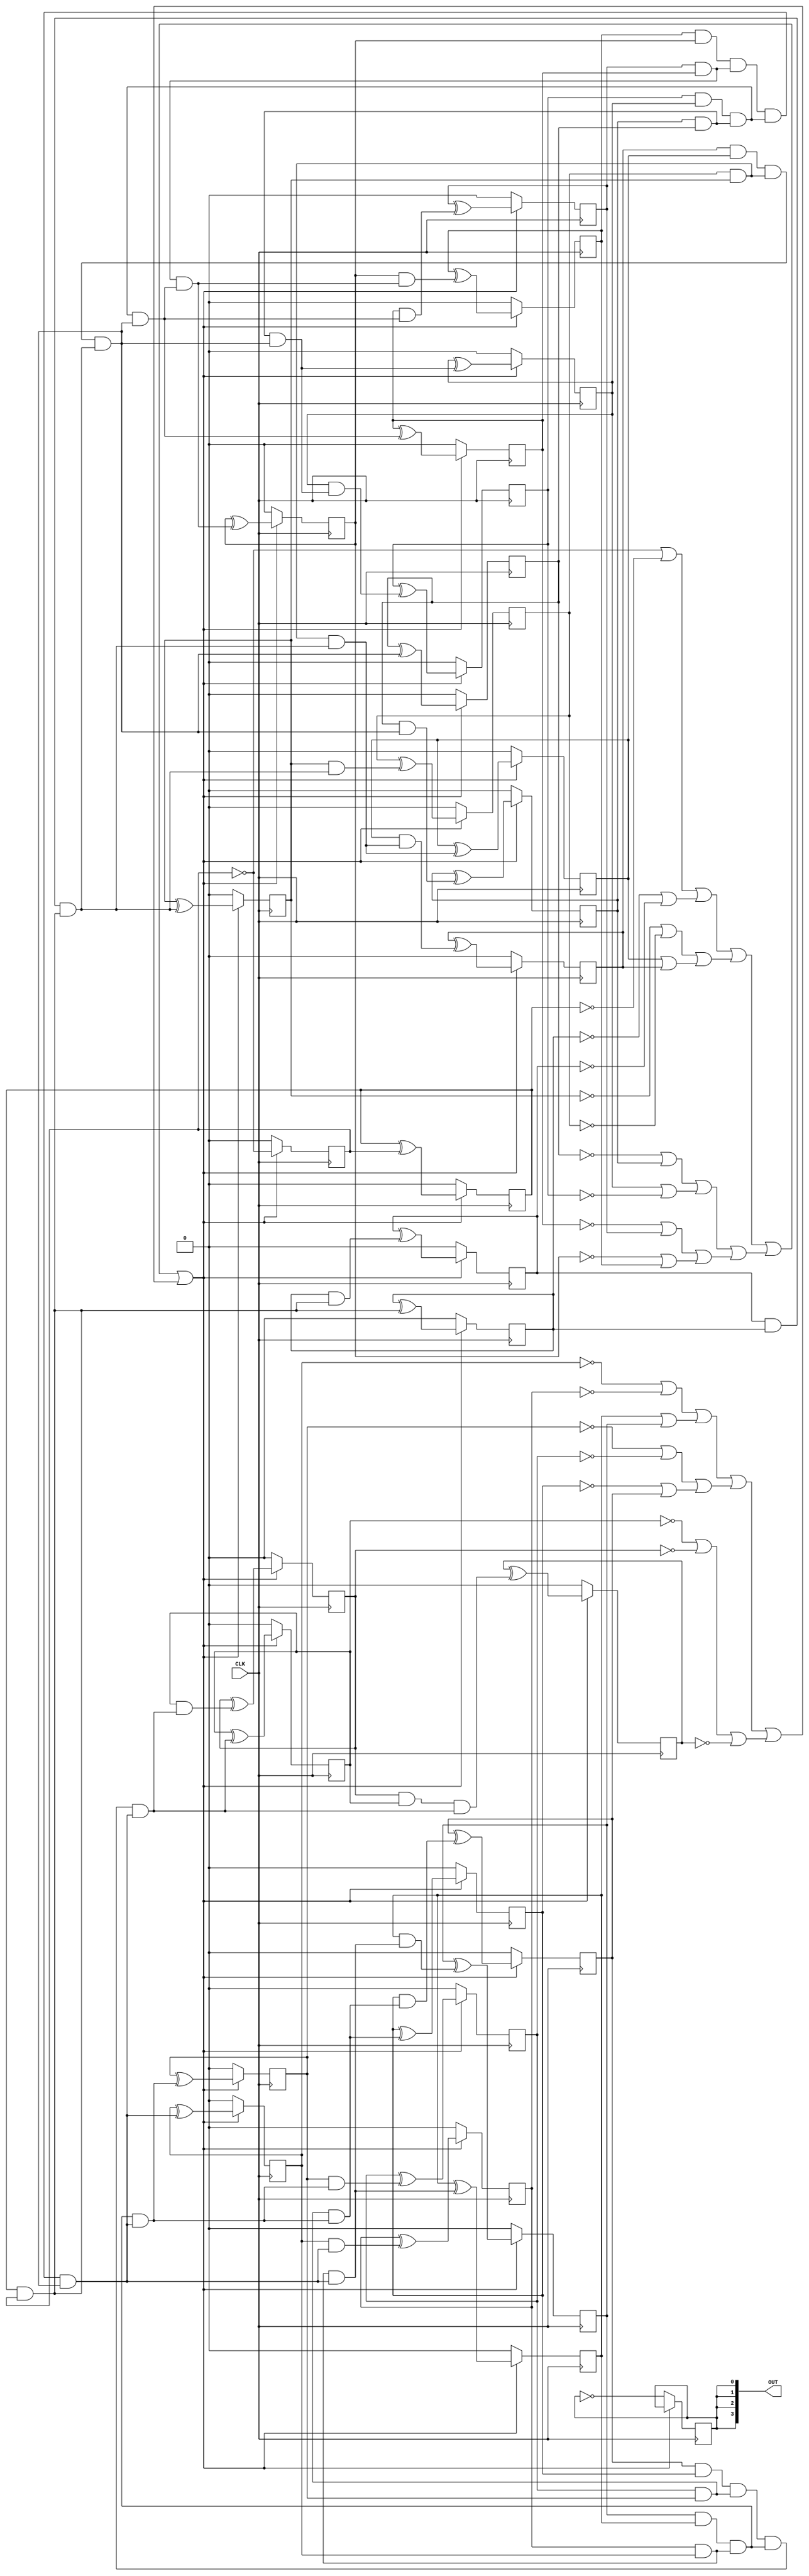
/* Generated by Yosys 0.40+50 (git sha1 0f9ee20ea, g++ 11.4.0-1ubuntu1~22.04 -fPIC -Os) */

module blink(CLK, OUT);
  wire _000_;
  wire _001_;
  wire _002_;
  wire _003_;
  wire _004_;
  wire _005_;
  wire _006_;
  wire _007_;
  wire _008_;
  wire _009_;
  wire _010_;
  wire _011_;
  wire _012_;
  wire _013_;
  wire _014_;
  wire _015_;
  wire _016_;
  wire [12:0] _017_;
  wire [6:0] _018_;
  wire [2:0] _019_;
  wire [1:0] _020_;
  wire _021_;
  wire _022_;
  wire [26:0] _023_;
  wire [26:0] _024_;
  wire [26:0] _025_;
  wire _026_;
  wire _027_;
  wire _028_;
  wire _029_;
  wire _030_;
  wire _031_;
  wire _032_;
  wire _033_;
  wire _034_;
  wire _035_;
  wire _036_;
  wire _037_;
  wire _038_;
  wire _039_;
  wire _040_;
  wire _041_;
  wire _042_;
  wire _043_;
  wire _044_;
  input CLK;
  wire CLK;
  output [3:0] OUT;
  wire [3:0] OUT;
  reg [26:0] cnt = 27'h0000000;
  reg onoff = 1'h0;
  always @(posedge CLK)
    if (!_021_) cnt[6] <= 1'h0;
    else cnt[6] <= _025_[6];
  always @(posedge CLK)
    if (!_021_) cnt[7] <= 1'h0;
    else cnt[7] <= _025_[7];
  always @(posedge CLK)
    if (!_021_) cnt[8] <= 1'h0;
    else cnt[8] <= _025_[8];
  always @(posedge CLK)
    if (!_021_) cnt[9] <= 1'h0;
    else cnt[9] <= _025_[9];
  always @(posedge CLK)
    if (!_021_) cnt[10] <= 1'h0;
    else cnt[10] <= _025_[10];
  always @(posedge CLK)
    if (!_021_) cnt[11] <= 1'h0;
    else cnt[11] <= _025_[11];
  always @(posedge CLK)
    if (!_021_) cnt[12] <= 1'h0;
    else cnt[12] <= _025_[12];
  always @(posedge CLK)
    if (!_021_) cnt[13] <= 1'h0;
    else cnt[13] <= _025_[13];
  always @(posedge CLK)
    if (!_021_) cnt[14] <= 1'h0;
    else cnt[14] <= _025_[14];
  always @(posedge CLK)
    if (!_021_) cnt[15] <= 1'h0;
    else cnt[15] <= _025_[15];
  always @(posedge CLK)
    if (!_021_) cnt[16] <= 1'h0;
    else cnt[16] <= _025_[16];
  always @(posedge CLK)
    if (!_021_) cnt[17] <= 1'h0;
    else cnt[17] <= _025_[17];
  always @(posedge CLK)
    if (!_021_) cnt[18] <= 1'h0;
    else cnt[18] <= _025_[18];
  always @(posedge CLK)
    if (!_021_) cnt[19] <= 1'h0;
    else cnt[19] <= _025_[19];
  always @(posedge CLK)
    if (!_021_) cnt[20] <= 1'h0;
    else cnt[20] <= _025_[20];
  always @(posedge CLK)
    if (!_021_) cnt[21] <= 1'h0;
    else cnt[21] <= _025_[21];
  always @(posedge CLK)
    if (!_021_) cnt[22] <= 1'h0;
    else cnt[22] <= _025_[22];
  always @(posedge CLK)
    if (!_021_) cnt[23] <= 1'h0;
    else cnt[23] <= _025_[23];
  always @(posedge CLK)
    if (!_021_) cnt[24] <= 1'h0;
    else cnt[24] <= _025_[24];
  always @(posedge CLK)
    if (!_021_) cnt[25] <= 1'h0;
    else cnt[25] <= _025_[25];
  always @(posedge CLK)
    if (!_021_) cnt[26] <= 1'h0;
    else cnt[26] <= _025_[26];
  always @(posedge CLK)
    if (!_021_) onoff <= _022_;
  always @(posedge CLK)
    if (!_021_) cnt[0] <= 1'h0;
    else cnt[0] <= _024_[0];
  always @(posedge CLK)
    if (!_021_) cnt[1] <= 1'h0;
    else cnt[1] <= _025_[1];
  always @(posedge CLK)
    if (!_021_) cnt[2] <= 1'h0;
    else cnt[2] <= _025_[2];
  always @(posedge CLK)
    if (!_021_) cnt[3] <= 1'h0;
    else cnt[3] <= _025_[3];
  always @(posedge CLK)
    if (!_021_) cnt[4] <= 1'h0;
    else cnt[4] <= _025_[4];
  always @(posedge CLK)
    if (!_021_) cnt[5] <= 1'h0;
    else cnt[5] <= _025_[5];
  assign _011_ = ~cnt[20];
  assign _012_ = ~cnt[21];
  assign _013_ = ~cnt[22];
  assign _014_ = ~cnt[24];
  assign _015_ = ~cnt[25];
  assign _016_ = ~cnt[26];
  assign _024_[0] = ~cnt[0];
  assign _017_[0] = _024_[0] | _000_;
  assign _017_[1] = _001_ | _002_;
  assign _017_[2] = _003_ | _004_;
  assign _017_[3] = cnt[6] | cnt[7];
  assign _017_[4] = _005_ | cnt[9];
  assign _017_[5] = cnt[10] | _006_;
  assign _017_[6] = _007_ | cnt[13];
  assign _017_[7] = _008_ | cnt[15];
  assign _017_[8] = _009_ | _010_;
  assign _017_[9] = cnt[18] | cnt[19];
  assign _017_[10] = _011_ | _012_;
  assign _017_[11] = _013_ | cnt[23];
  assign _017_[12] = _014_ | _015_;
  assign _018_[0] = _017_[0] | _017_[1];
  assign _018_[1] = _017_[2] | _017_[3];
  assign _018_[2] = _017_[4] | _017_[5];
  assign _018_[3] = _017_[6] | _017_[7];
  assign _018_[4] = _017_[8] | _017_[9];
  assign _018_[5] = _017_[10] | _017_[11];
  assign _018_[6] = _017_[12] | _016_;
  assign _019_[0] = _018_[0] | _018_[1];
  assign _019_[1] = _018_[2] | _018_[3];
  assign _019_[2] = _018_[4] | _018_[5];
  assign _020_[0] = _019_[0] | _019_[1];
  assign _020_[1] = _019_[2] | _018_[6];
  assign _021_ = _020_[0] | _020_[1];
  assign _022_ = ~onoff;
  assign _000_ = ~cnt[1];
  assign _001_ = ~cnt[2];
  assign _002_ = ~cnt[3];
  assign _003_ = ~cnt[4];
  assign _004_ = ~cnt[5];
  assign _005_ = ~cnt[8];
  assign _006_ = ~cnt[11];
  assign _007_ = ~cnt[12];
  assign _008_ = ~cnt[14];
  assign _009_ = ~cnt[16];
  assign _010_ = ~cnt[17];
  assign _025_[1] = cnt[1] ^ cnt[0];
  assign _025_[2] = cnt[2] ^ _023_[1];
  assign _025_[3] = cnt[3] ^ _023_[2];
  assign _025_[4] = cnt[4] ^ _023_[3];
  assign _025_[5] = cnt[5] ^ _023_[4];
  assign _025_[6] = cnt[6] ^ _023_[5];
  assign _025_[7] = cnt[7] ^ _023_[6];
  assign _025_[8] = cnt[8] ^ _023_[7];
  assign _025_[9] = cnt[9] ^ _023_[8];
  assign _025_[10] = cnt[10] ^ _023_[9];
  assign _025_[11] = cnt[11] ^ _023_[10];
  assign _025_[12] = cnt[12] ^ _023_[11];
  assign _025_[13] = cnt[13] ^ _023_[12];
  assign _025_[14] = cnt[14] ^ _023_[13];
  assign _025_[15] = cnt[15] ^ _023_[14];
  assign _025_[16] = cnt[16] ^ _023_[15];
  assign _025_[17] = cnt[17] ^ _023_[16];
  assign _025_[18] = cnt[18] ^ _023_[17];
  assign _025_[19] = cnt[19] ^ _023_[18];
  assign _025_[20] = cnt[20] ^ _023_[19];
  assign _025_[21] = cnt[21] ^ _023_[20];
  assign _025_[22] = cnt[22] ^ _023_[21];
  assign _025_[23] = cnt[23] ^ _023_[22];
  assign _025_[24] = cnt[24] ^ _023_[23];
  assign _025_[25] = cnt[25] ^ _023_[24];
  assign _025_[26] = cnt[26] ^ _023_[25];
  assign _023_[1] = cnt[1] & cnt[0];
  assign _023_[3] = _026_ & _023_[1];
  assign _023_[7] = _038_ & _023_[3];
  assign _023_[15] = _043_ & _023_[7];
  assign _026_ = cnt[3] & cnt[2];
  assign _027_ = cnt[5] & cnt[4];
  assign _028_ = cnt[7] & cnt[6];
  assign _029_ = cnt[9] & cnt[8];
  assign _030_ = cnt[11] & cnt[10];
  assign _031_ = cnt[13] & cnt[12];
  assign _032_ = cnt[15] & cnt[14];
  assign _033_ = cnt[17] & cnt[16];
  assign _034_ = cnt[19] & cnt[18];
  assign _035_ = cnt[21] & cnt[20];
  assign _036_ = cnt[23] & cnt[22];
  assign _037_ = cnt[25] & cnt[24];
  assign _038_ = _028_ & _027_;
  assign _039_ = _030_ & _029_;
  assign _040_ = _032_ & _031_;
  assign _041_ = _034_ & _033_;
  assign _042_ = _036_ & _035_;
  assign _043_ = _040_ & _039_;
  assign _044_ = _042_ & _041_;
  assign _023_[23] = _044_ & _023_[15];
  assign _023_[11] = _039_ & _023_[7];
  assign _023_[19] = _041_ & _023_[15];
  assign _023_[5] = _027_ & _023_[3];
  assign _023_[9] = _029_ & _023_[7];
  assign _023_[13] = _031_ & _023_[11];
  assign _023_[17] = _033_ & _023_[15];
  assign _023_[21] = _035_ & _023_[19];
  assign _023_[25] = _037_ & _023_[23];
  assign _023_[2] = cnt[2] & _023_[1];
  assign _023_[4] = cnt[4] & _023_[3];
  assign _023_[6] = cnt[6] & _023_[5];
  assign _023_[8] = cnt[8] & _023_[7];
  assign _023_[10] = cnt[10] & _023_[9];
  assign _023_[12] = cnt[12] & _023_[11];
  assign _023_[14] = cnt[14] & _023_[13];
  assign _023_[16] = cnt[16] & _023_[15];
  assign _023_[18] = cnt[18] & _023_[17];
  assign _023_[20] = cnt[20] & _023_[19];
  assign _023_[22] = cnt[22] & _023_[21];
  assign _023_[24] = cnt[24] & _023_[23];
  assign _023_[0] = cnt[0];
  assign _024_[26:1] = cnt[26:1];
  assign _025_[0] = _024_[0];
  assign OUT = { onoff, onoff, onoff, onoff };
endmodule